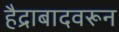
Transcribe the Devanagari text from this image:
हैद्राबादवरून